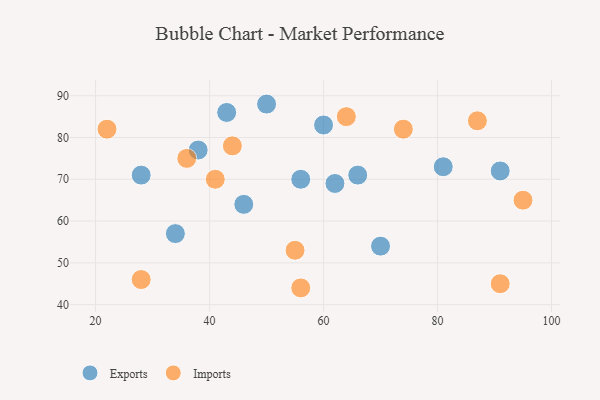
{"axis": {"x": "GDP", "y": "Life Expectancy"}, "legend": ["Exports", "Imports"], "data": [{"x": "50", "y": 88, "type": "Exports"}, {"x": "46", "y": 64, "type": "Exports"}, {"x": "91", "y": 72, "type": "Exports"}, {"x": "34", "y": 57, "type": "Exports"}, {"x": "62", "y": 69, "type": "Exports"}, {"x": "60", "y": 83, "type": "Exports"}, {"x": "28", "y": 71, "type": "Exports"}, {"x": "43", "y": 86, "type": "Exports"}, {"x": "56", "y": 70, "type": "Exports"}, {"x": "81", "y": 73, "type": "Exports"}, {"x": "66", "y": 71, "type": "Exports"}, {"x": "70", "y": 54, "type": "Exports"}, {"x": "38", "y": 77, "type": "Exports"}, {"x": "36", "y": 75, "type": "Imports"}, {"x": "41", "y": 70, "type": "Imports"}, {"x": "55", "y": 53, "type": "Imports"}, {"x": "64", "y": 85, "type": "Imports"}, {"x": "28", "y": 46, "type": "Imports"}, {"x": "87", "y": 84, "type": "Imports"}, {"x": "95", "y": 65, "type": "Imports"}, {"x": "56", "y": 44, "type": "Imports"}, {"x": "91", "y": 45, "type": "Imports"}, {"x": "44", "y": 78, "type": "Imports"}, {"x": "22", "y": 82, "type": "Imports"}, {"x": "74", "y": 82, "type": "Imports"}]}